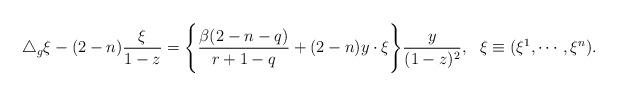
LaTeX: \begin{align*} \triangle_g\xi-(2-n)\frac{\xi}{1-z}=\Bigg\{\frac{\beta(2-n-q)}{r+1-q}+(2-n)y\cdot\xi\Bigg\}\frac{y}{(1-z)^2}, \ \ \xi\equiv(\xi^1,\cdots,\xi^n). \end{align*}